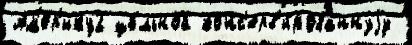
Ам'ер'ику2 це́льной конс'ерв'и́рованнуjу